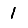
Digit: 1